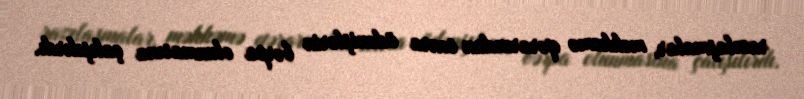
razılaşmalar, məhkəmə qərarından sonra ödənişlərin bərpa olunmasına çalışılırdı.